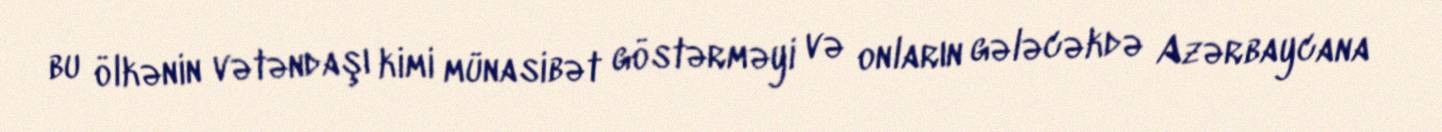
bu ölkənin vətəndaşı kimi münasibət göstərməyi və onların gələcəkdə Azərbaycana